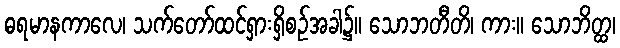
ဓရမာနကာလေ၊ သက်တော်ထင်ရှားရှိစဉ်အခါ၌။ သောဘတီတိ၊ ကား။ သောဘိတ္ထ၊